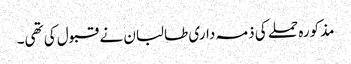
مذکورہ حملے کی ذمہ داری طالبان نے قبول کی تھی۔